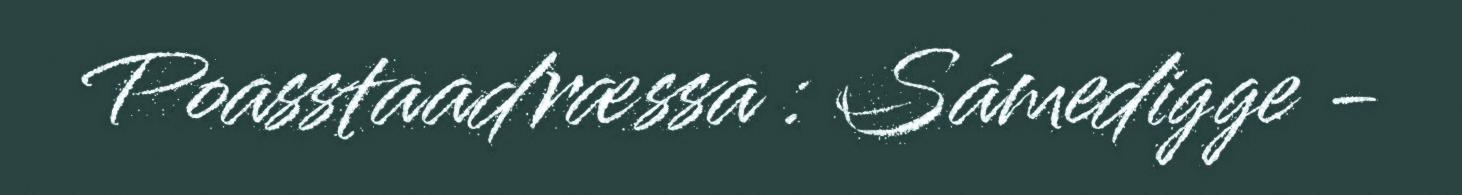
Poasstaadræssa : Sámedigge -